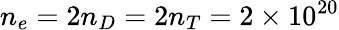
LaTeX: n_{e}=2n_{D}=2n_{T}=2\times 10^{20}